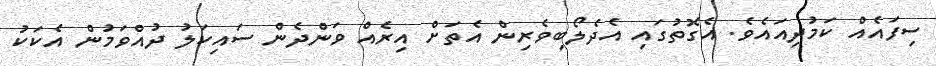
ސިފައެއް ކަމުދިއައެވެ. އެގޮތުގައި އެދެލޯބިވެރިން އެތަށް އިރެއް ވަންދެން ސައިކަލު ދުއްވަމުން އެކަކު